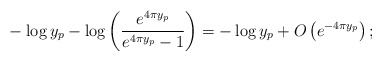
\begin{align*}&-\log y_{p}-\log\bigg(\frac{e^{4\pi y_{p}}}{e^{4\pi y_{p}}-1}\bigg)=-\log y_{p}+O\left(e^{-4\pi y_{p}}\right);\end{align*}